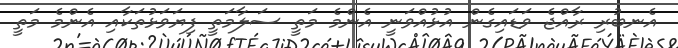
އެނބުރި ރާއްޖެ ވަޑައިގެން އުޅުއްވަނީ އެންމެ މަތީ ސަލާމަތީ ފިޔަވަޅުތަކާއި އެންމެ މަތީ